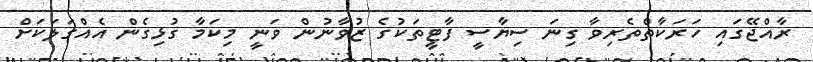
ރާއްޖޭގައި ހަރަކާތްތެރިވާ ގިނަ ސިޔާސީ ފާޓީތަކުގެ ޒުވާނުން ވަނީ މިކަމާ ގުޅިގެން އެއްގަލަކަށް